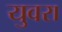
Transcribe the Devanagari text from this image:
युवरा